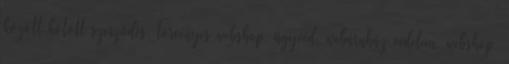
között kötött szerződés, törvényes webshop, ügyvéd, webáruház védelem, webshop,